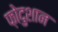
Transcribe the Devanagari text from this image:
फ़ोदुशान